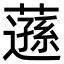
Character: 䕖